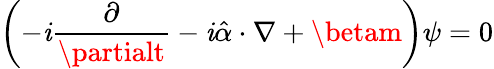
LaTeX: \left(-\mathit{i}{\frac{{\partial}}{{\partialt}}}-\mathit{i}{\hat{{\alpha}}}\cdot\nabla+\betam\right)\psi=0